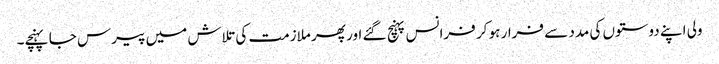
ولی اپنے دوستوں کی مدد سے فرار ہو کر فرانس پہنچ گئے اور پھر ملازمت کی تلاش میں پیرس جا پہنچے۔